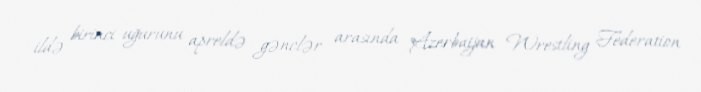
ildə birinci uğurunu apreldə gənclər arasında "Azerbaijan Wrestling Federation